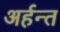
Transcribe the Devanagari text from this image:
अर्हन्त